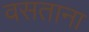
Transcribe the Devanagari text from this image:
वसताना